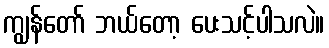
ကျွန်တော် ဘယ်တော့ ပေးသင့်ပါသလဲ။